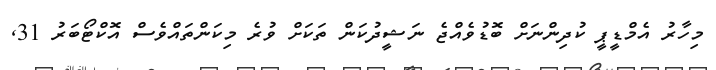
މިހާރު އެމްޑީޕީ ކުދިންނަށް ބޮޑުވެއްޖެ ނަޝީދުކަން ތަކަށް ވުރެ މިކަންތައްވެސް އޮކްޓޯބަރު 31